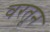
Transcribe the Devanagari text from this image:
वरतून